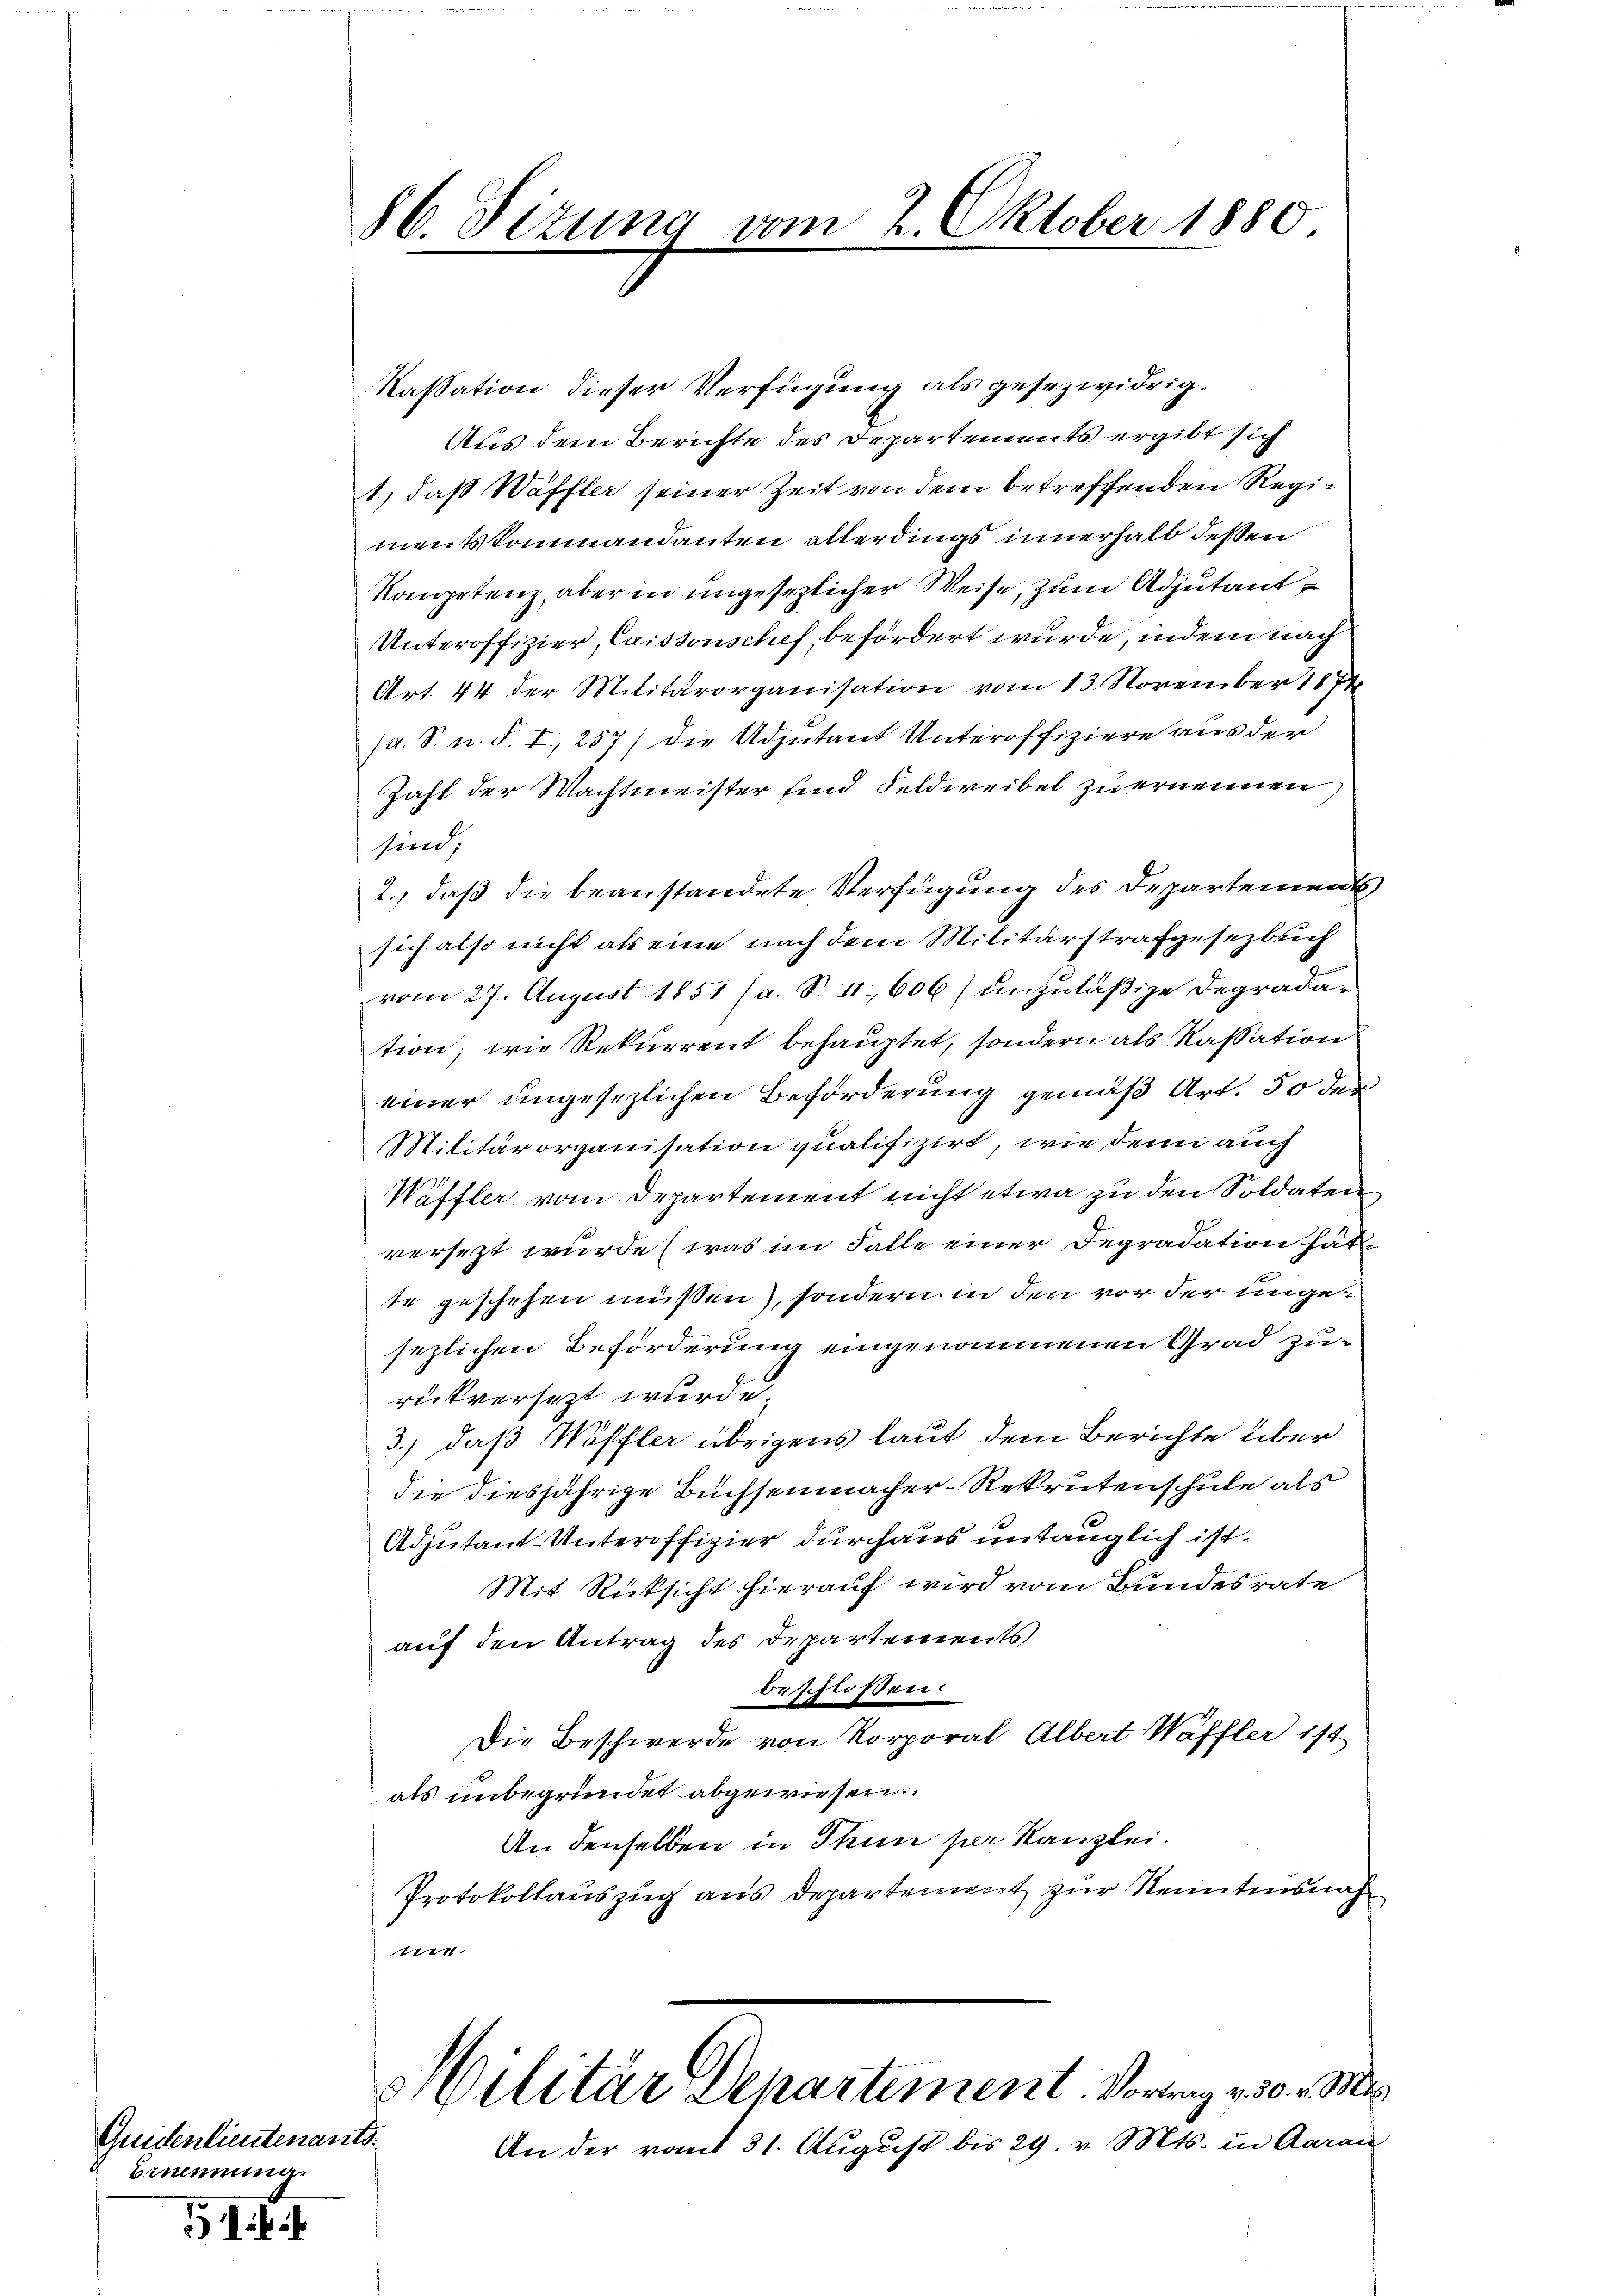
Qritenlieutenants.
Brmumma.

1

86. Sizung vom 2. Oktober 1880

Kassation dieser Verfügung als gesezwidrig.
Aus dem Berichte des Departements ergibt sich
1, daß Waffler seiner Zeit von dem betreffenden Regimentskommandanten allerdings innerhalb dessen
Kompetenz, aber in ungesezlicher Weise, zum Adjutant
Unteroffizier, Caissenschef befördert wurde, indem nach
Art. 44 der Militärorganisation vom 13. November 1874
/d. S. n. F. I, 257) die Adjutant Unteroffiziere aus der
Zahl der Wachtmeister sind Feldweibel zu ernennen
sind
2., daß die beanstandete Verfügung des Departements
sich also nicht als eine nach dem Militärstrafgesezbuch
vom 27. August 1851 (a. S. II, 606) unzuläßige Degrada-
tion, wie Rekurrent behauptet, sondern als Kassation
einer ungesezlichen Beförderung gemäß Art. 50 der
Militärorganisation qualifizirt, wie denn auch
Wäffler vom Departement nicht etwa zu den Soldaten
versezt wurde (was im Falle einer Degradation hätte
te geschehen müssen), sondern in den vor der ungesezlichen Beförderung eingenommenen Grad zurükversezt wurde
3.) daß Wöffler übrigens laut dem Berichte über
die diesjährige Büchsenmacher-Rekrutenschule als
Adjutant-Unteroffizier durchaus untauglich ist.
Mit Rücksicht hierauf wird vom Bundesrate
auf den Antrag des Departements,
beschlossen:
Die Beschwerde von Korporal Albert Waffler ist
als unbegründet abgewiesen.
An denselben in Thun per Kanzlei.
Protokollauszug aus Departement zur Kenntensnah
1774.
Militär Departement. Vortrag v. 30. v. Mi
An der vom 31. August bis 29. v. Mts. in Aarau